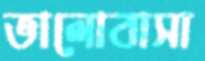
ভালোবাসা